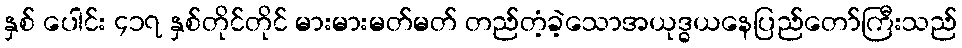
နှစ် ပေါင်း ၄၁၇ နှစ်တိုင်တိုင် မားမားမတ်မတ် တည်တံ့ခဲ့သောအယုဒ္ဓယနေပြည်တော်ကြီးသည်